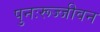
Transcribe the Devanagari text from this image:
पुनःरूज्जीवन